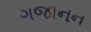
ગજાનન